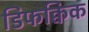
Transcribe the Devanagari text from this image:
डिफक्विक